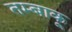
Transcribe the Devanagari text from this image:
तम्‍बाकू